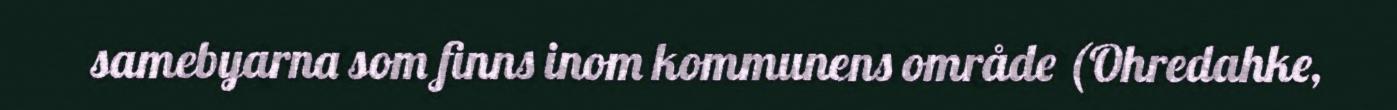
samebyarna som finns inom kommunens område (Ohredahke,